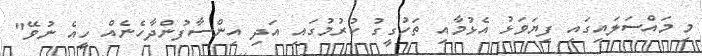
މި މައްސަލައިގައި ފިޔަވަޅު އެޅުމާއި ތަހުގީގު ކުރުމުގައި އަދި އިންސާފުންދާހެނެއް ހީއެ ނުވޭ"